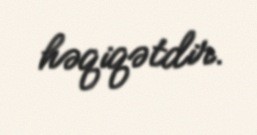
həqiqətdir.